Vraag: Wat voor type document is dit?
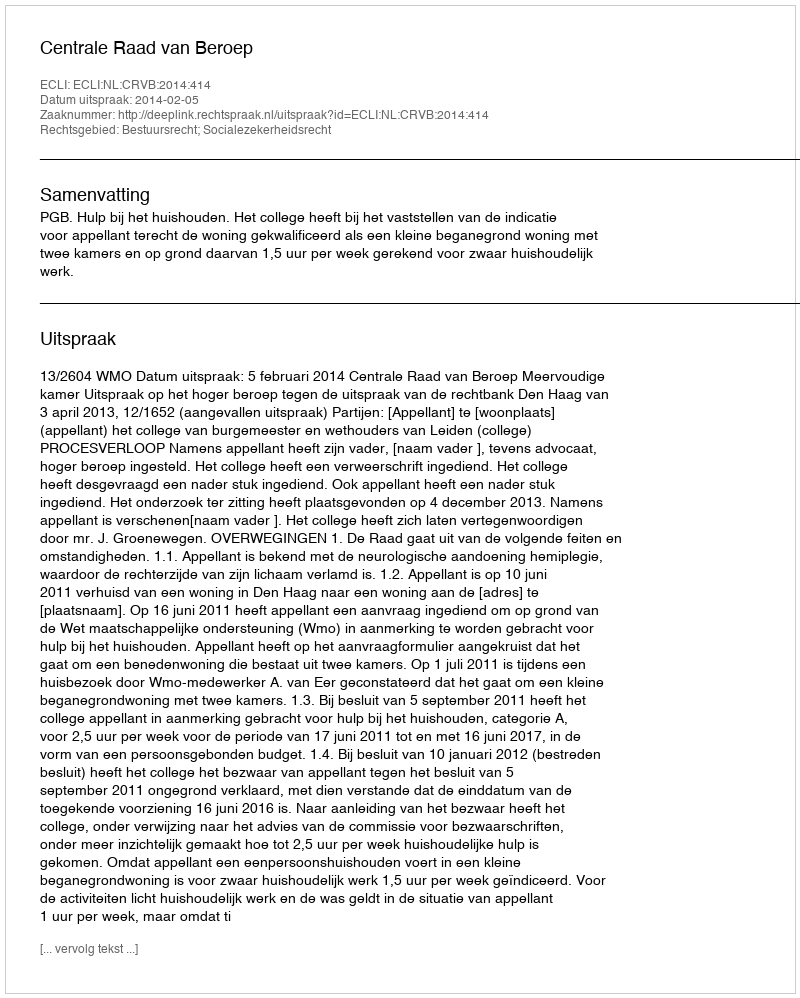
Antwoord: Uitspraak